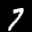
Label: 7